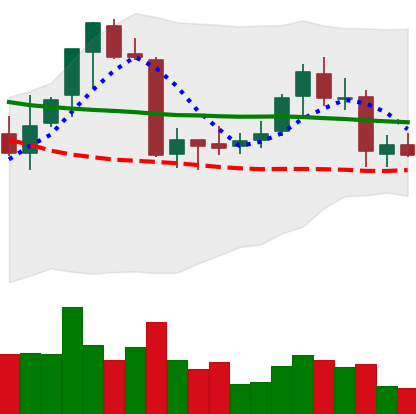
Ticker: ETC-USD
Chart end date: 2018-07-22
Forward return: 5.165%
Label: up_5_7